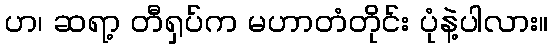
ဟ၊ ဆရာ့ တီရှပ်က မဟာတံတိုင်း ပုံနဲ့ပါလား။